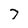
Character: 7